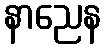
နာညေန